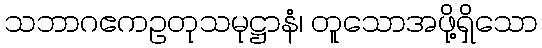
သဘာဂဧကဥတုသမုဋ္ဌာနံ၊ တူသောအဖို့ရှိသော